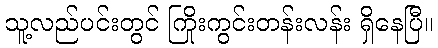
သူ့လည်ပင်းတွင် ကြိုးကွင်းတန်းလန်း ရှိနေပြီ။